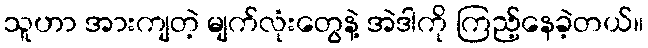
သူဟာ အားကျတဲ့ မျက်လုံးတွေနဲ့ အဲဒါကို ကြည့်နေခဲ့တယ်။